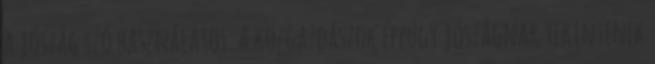
a jószág szó használatos. A közgazdászok éppúgy jószágnak tekintenek